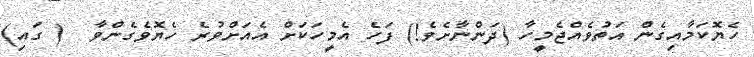
ހެޔޮކަމާއިގެން އަތުވެއްޖެމީހާ (ދަންނާށެވެ!) ފަހެ އެމީހަކަށް އެއަށްވުރެ ހެޔޮވެގެންވާ  ( ގައި)